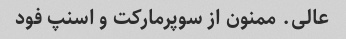
عالی. ممنون از سوپرمارکت و اسنپ فود